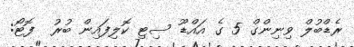
ރެޑްބުލް ވިނިންގް 5 ގެ އައްޑޫ ސިޓި ކޮލިިފައިން ބުރު  ފޮޓޯ: